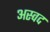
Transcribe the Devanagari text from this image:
अस्वद